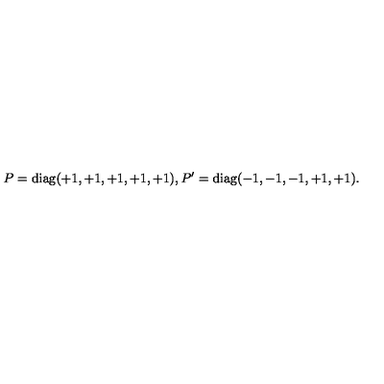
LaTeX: P = \mathrm { d i a g } ( + 1 , + 1 , + 1 , + 1 , + 1 ) , P ^ { \prime } = \mathrm { d i a g } ( - 1 , - 1 , - 1 , + 1 , + 1 ) . \,